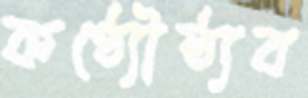
কণ্ঠ্যৌষ্ঠ্যব